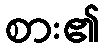
စား၏